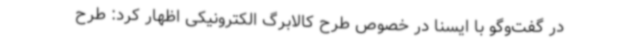
در گفت‌وگو با ایسنا در خصوص طرح کالابرگ الکترونیکی اظهار کرد: طرح